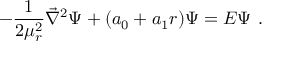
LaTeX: - { \frac { 1 } { 2 \mu _ { r } ^ { 2 } } } { \vec { \nabla } } ^ { 2 } \Psi + ( a _ { 0 } + a _ { 1 } r ) \Psi = E \Psi \ .